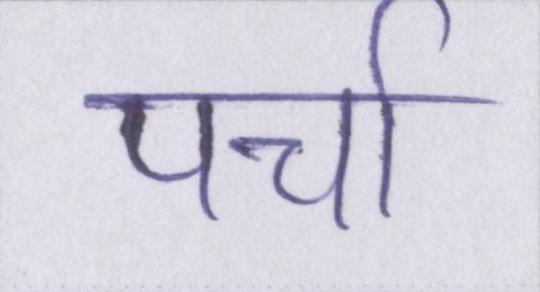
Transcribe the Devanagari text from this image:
पर्चा